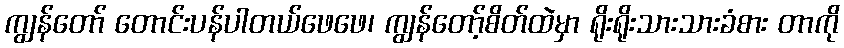
ကျွန်တော် တောင်းပန်ပါတယ်ဖေဖေ၊ ကျွန်တော့်စိတ်ထဲမှာ ရိုးရိုးသားသားခံစား တာကို